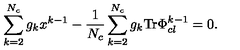
\sum _ { k = 2 } ^ { N _ { c } } g _ { k } x ^ { k - 1 } - \frac { 1 } { N _ { c } } \sum _ { k = 2 } ^ { N _ { c } } g _ { k } \mathrm { T r } \Phi _ { c l } ^ { k - 1 } = 0 .